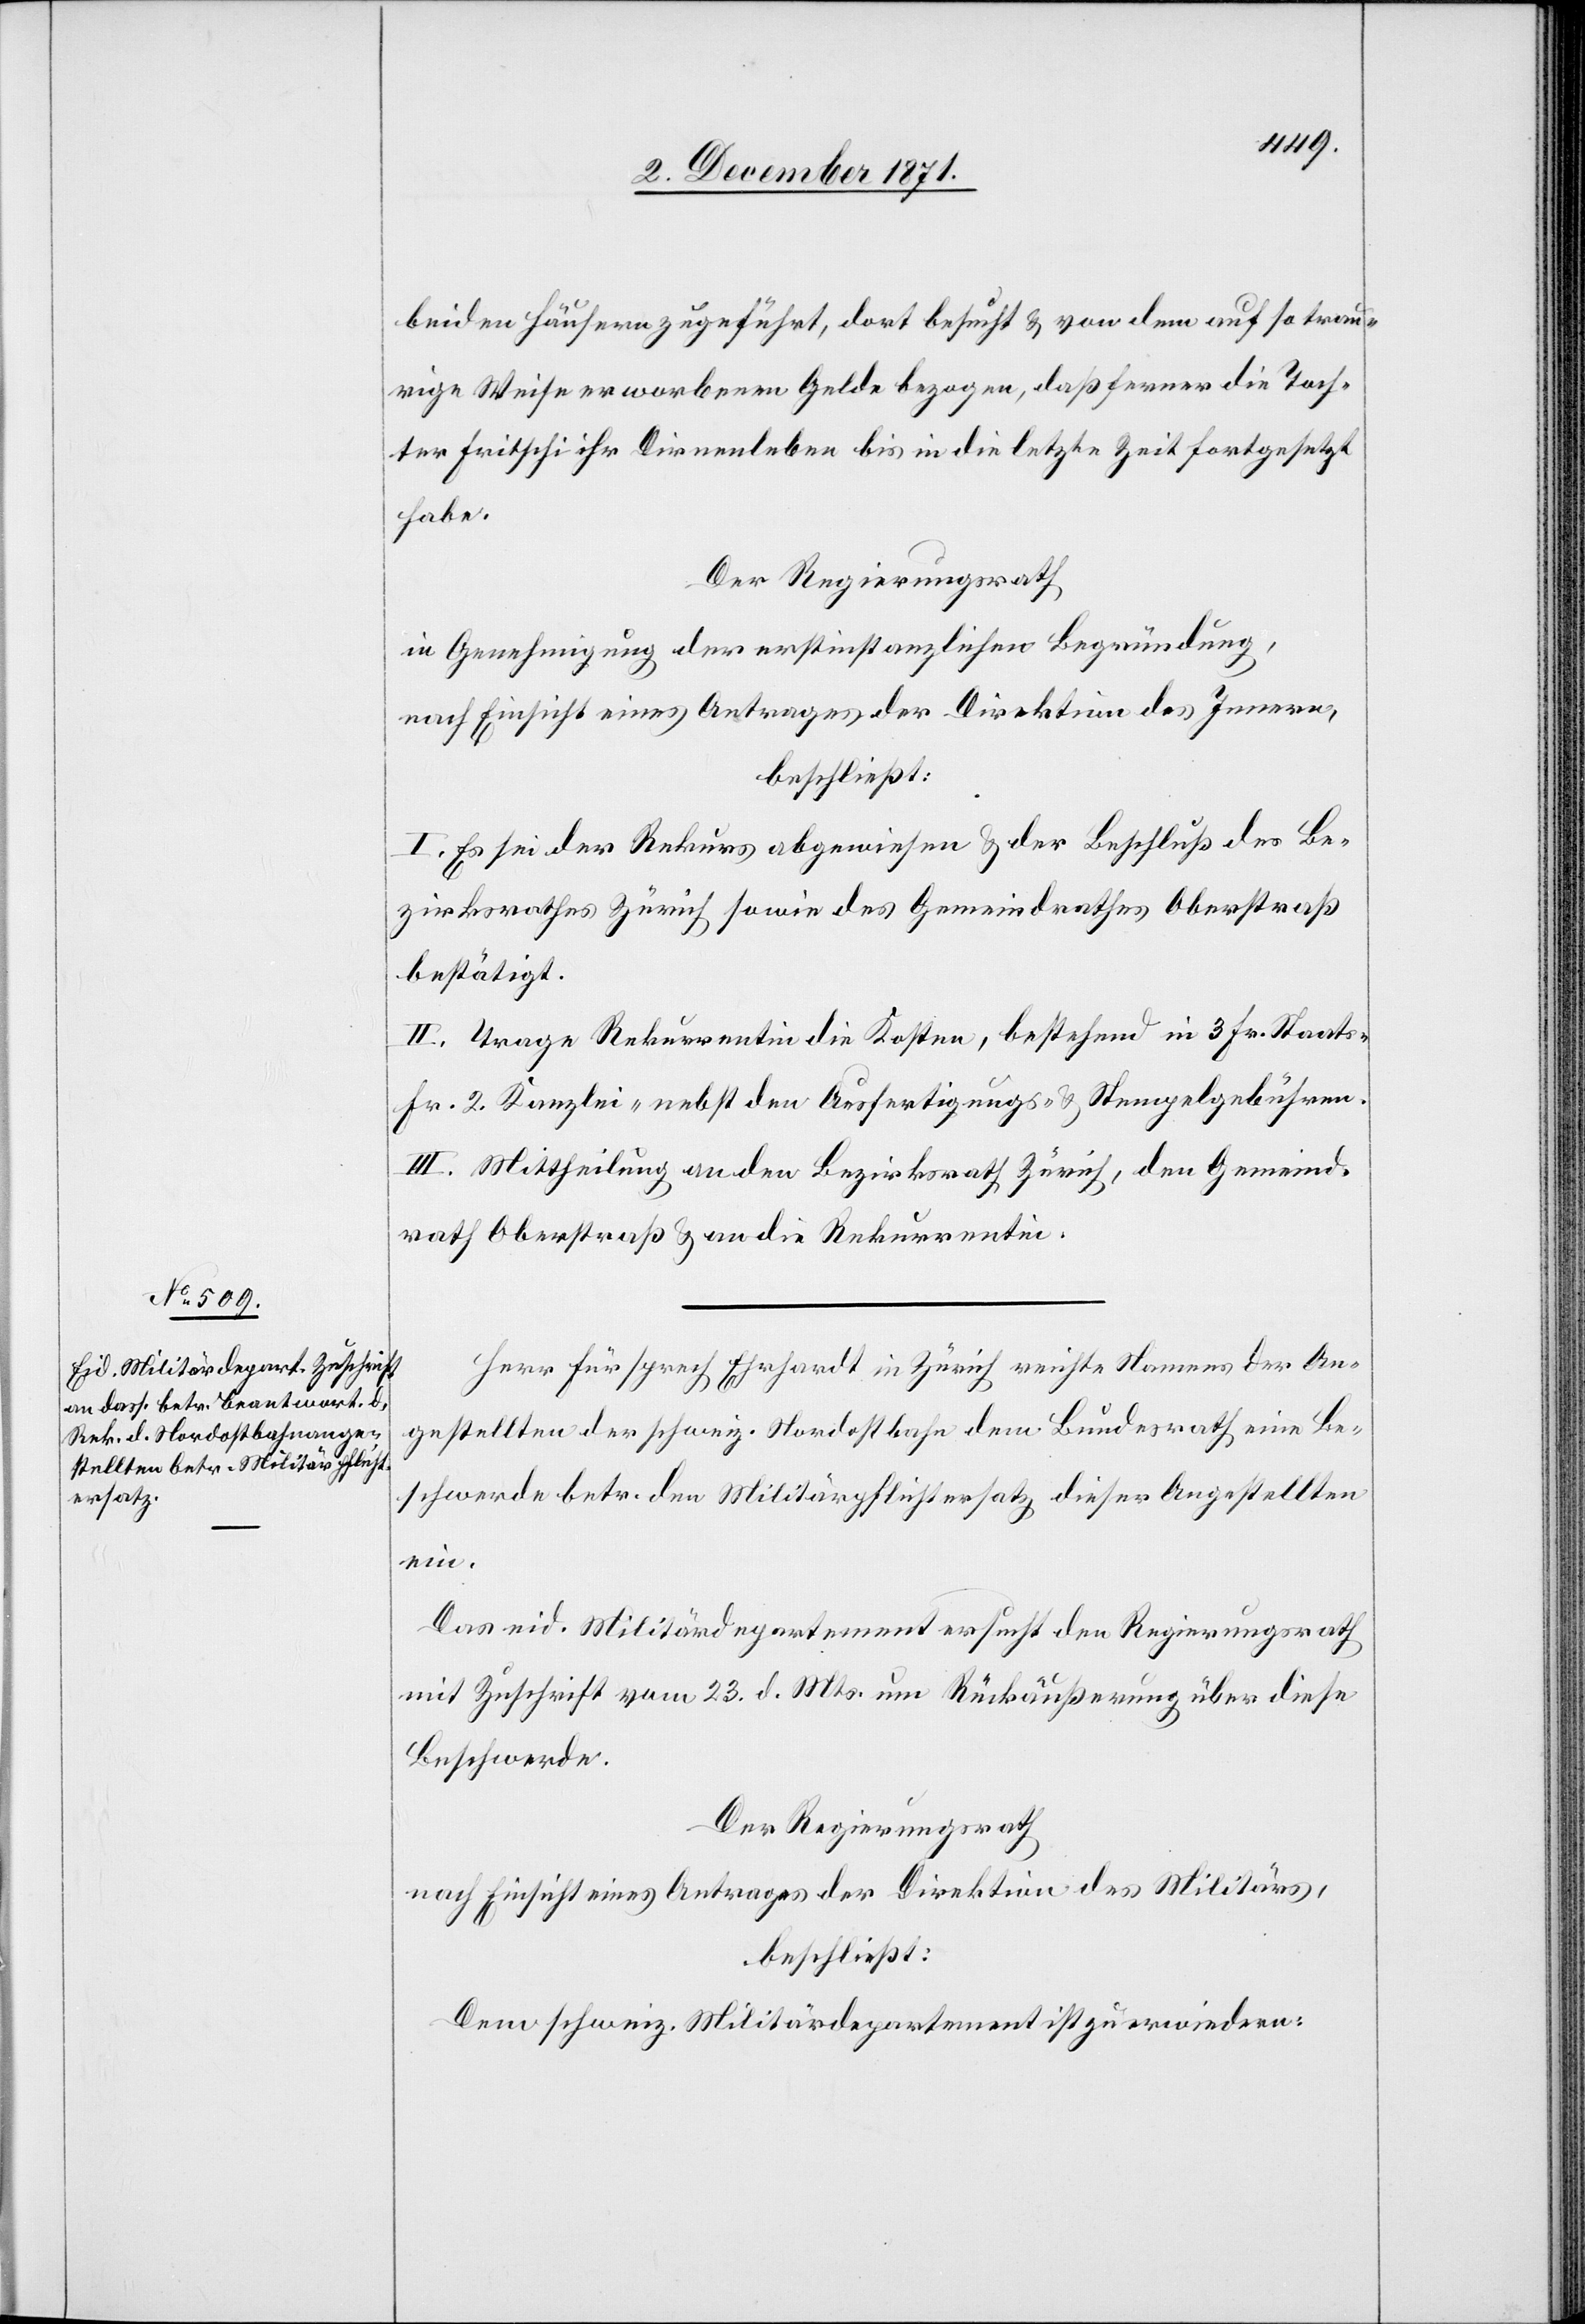
beiden Häusern zugeführt, dort besucht & von dem auf so trau¬
rige Weise erworbenen Gelde bezogen, daß ferner die Toch¬
ter Fritschi ihr Dirnenleben bis in die letzte Zeit fortgesetzt
habe.
Der Regierungsrath
in Genehmigung der erstinstanzlichen Begründung,
nach Einsicht eines Antrages der Direktion des Innern,
beschließt:
I. Es sei der Rekurs abgewiesen & der Beschluß des Be¬
zirksrathes Zürich sowie des Gemeindrathes Oberstraß
bestätigt.
II. Trage Rekurrentin die Kosten, bestehend in 3 Fr. Staats-[,]
Fr. 2 Kanzlei-[,] nebst den Ausfertigungs- & Stempelgebühren.
III. Mittheilung an den Bezirksrath Zürich, den Gemeind¬
rath Oberstraß & an die Rekurrentin.
Herr Fürsprech Ehrhardt in Zürich reichte Namens der An¬
gestellten der schweiz. Nordostbahn dem Bundesrath eine Be¬
schwerde betr. den Militärpflichtersatz dieser Angestellten
ein.
Das eid. Militärdepartement ersucht den Regierungsrath
mit Zuschrift vom 23. d. Mts. um Rückäußerung über diese
Beschwerde.
Der Regierungsrath
nach Einsicht eines Antrages der Direktion des Militärs.
beschließt:
Dem schweiz. Militärdepartement ist zu erwiedern: